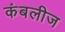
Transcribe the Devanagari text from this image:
कंबलीज